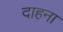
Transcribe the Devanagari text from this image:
दाहना